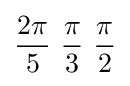
{2\pi  \over 5}\ {\pi  \over 3}\ {\pi  \over 2}